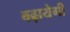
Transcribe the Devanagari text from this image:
बढ़ायेगी